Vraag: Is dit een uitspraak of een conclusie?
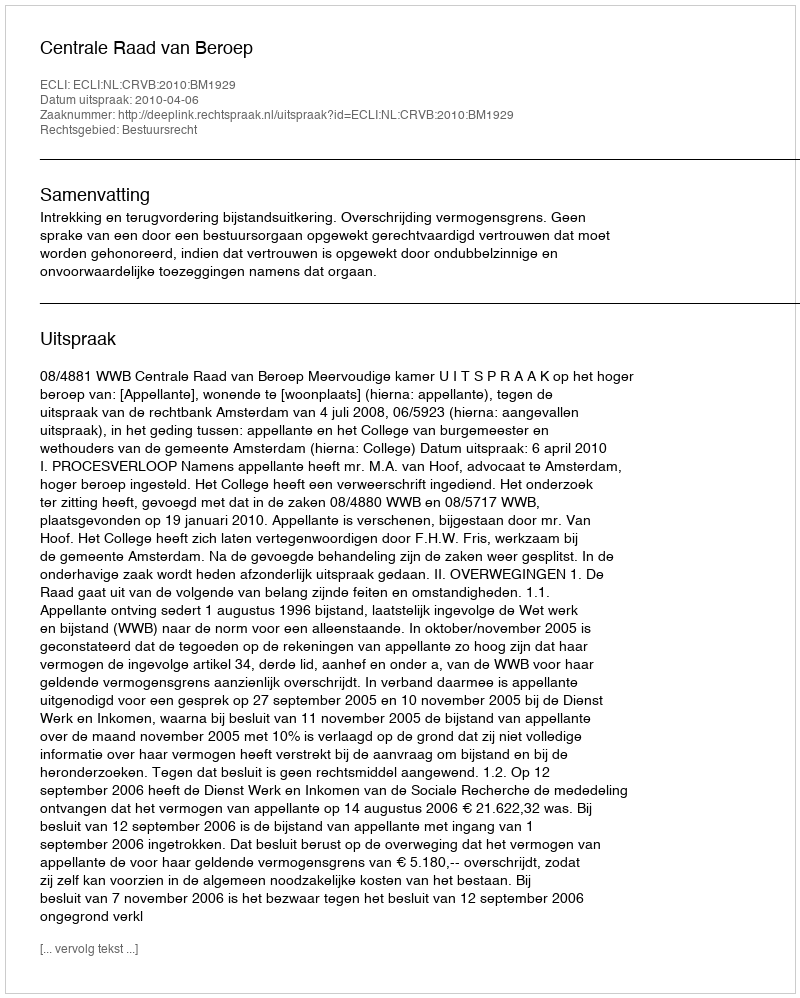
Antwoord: Uitspraak